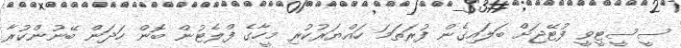
ސީސީޓީވީ ފުޓޭޖަށް ބަލައިގެން ފުރަތަމަ ހައްޔަރުކުރި މީހާގެ ފްލެޓުން ބޮން ހަދަން ބޭނުންކުރާ